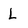
Character: L